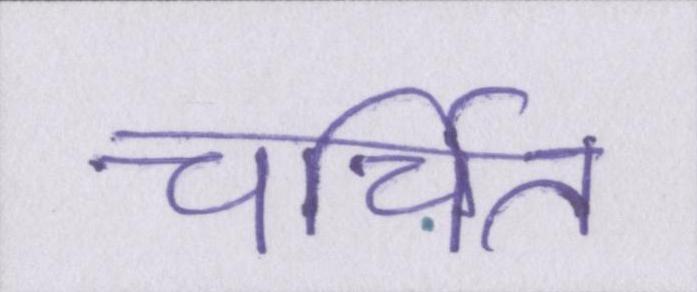
चर्चित